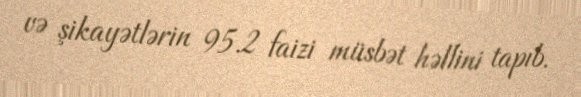
və şikayətlərin 95.2 faizi müsbət həllini tapıb.